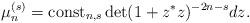
LaTeX: \begin{align*}{\mu}_n^{(s)}=\mathrm{const}_{n,s}\det(1+{z}^*{z})^{-2n-s}dz.\end{align*}